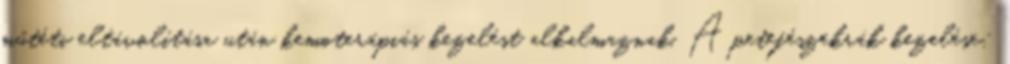
műtéti eltávolítása után kemoterápiás kezelést alkalmaznak. A petefészekrák kezelése: